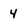
Character: 4